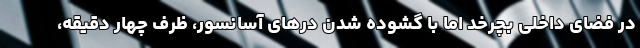
در فضای داخلی بچرخد اما با گشوده شدن درهای آسانسور، ظرف چهار دقیقه،